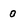
Character: 0